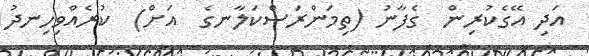
އަދި އޭގެކުރިން  ގެފާނު (ތިމަންރަސްކަލާނގެ  އަށް)  ކުރެއްވިހިނދު